Indian journal of veterinary science and animal husbandry - Volume 6,
Year: 1936
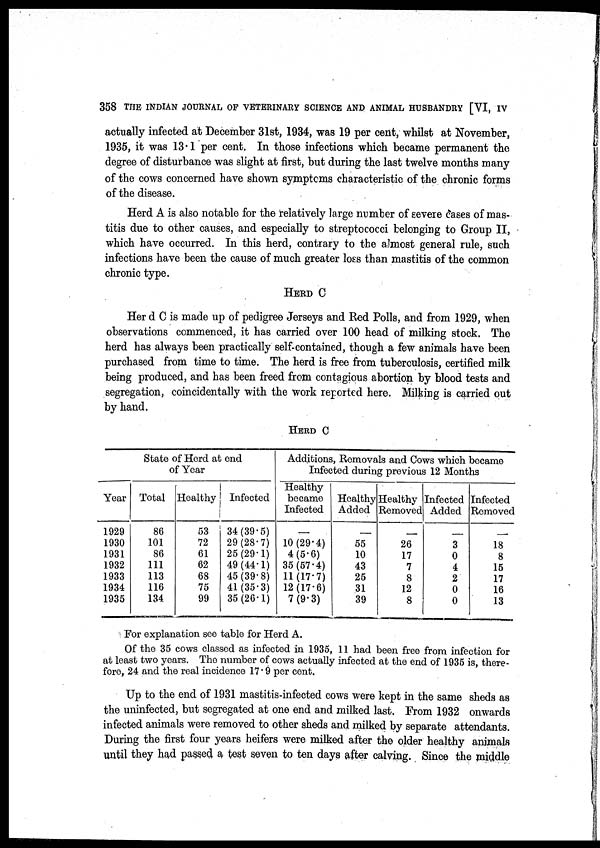
358 THE INDIAN JOURNAL OF VETERINARY SCIENCE AND ANIMAL HUSBANDRY [VI, IV
actually infected at December 31st, 1934, was 19 per cent, whilst at November,
1935, it was 13.1 per cent. In those infections which became permanent the
degree of disturbance was slight at first, but during the last twelve months many
of the cows concerned have shown symptoms characteristic of the chronic forms
of the disease.
Herd A is also notable for the relatively large number of severe cases of mas-
titis due to other causes, and especially to streptococci belonging to Group II,
which have occurred. In this herd, contrary to the almost general rule, such
infections have been the cause of much greater loss than mastitis of the common
chronic type.
HERD C
Her d C is made up of pedigree Jerseys and Red Polls, and from 1929, when
observations commenced, it has carried over 100 head of milking stock. The
herd has always been practically self-contained, though a few animals have been
purchased from time to time. The herd is free from tuberculosis, certified milk
being produced, and has been freed from contagious abortion by blood tests and
segregation, coincidentally with the work reported here. Milking is carried out
by hand.
HERD C
State of Herd at end
of Year
Year
1929
1930
1931
1932
1933
1934
1935
Total
86
101
86
111
113
116
134
Healthy
53
72
61
62
68
75
99
Infected
34 (39.5)
29 (28.7)
25 (29.1)
49 (44.1)
45 (39.8)
41 (35.3)
35 (26.1)
Additions, Removals and Cows which became
Infected during previous 12 Months
Healthy
became
Infected
—
10 (29.4)
4 (5.6)
35 (57.4)
11 (17.7)
12 (17.6)
7 (9.3)
Healthy
Added
—
55
10
43
25
31
39
Healthy
Removed
—
26
17
7
8
12
8
Infected
Added
—
3
0
4
2
0
0
Infected
Removed
—
18
8
15
17
16
13
For explanation see table for Herd A.
Of the 35 cows classed as infected in 1935, 11 had been free from infection for
at least two years. The number of cows actually infected at the end of 1935 is, there-
fore, 24 and the real incidence 17.9 per cent.
Up to the end of 1931 mastitis-infected cows were kept in the same sheds as
the uninfected, but segregated at one end and milked last. From 1932 onwards
infected animals were removed to other sheds and milked by separate attendants.
During the first four years heifers were milked after the older healthy animals
until they had passed a test seven to ten days after calving. Since the middle